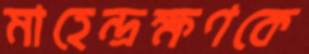
মাহেন্দ্রক্ষণকে